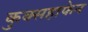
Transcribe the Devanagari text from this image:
कुक्सहाफेन